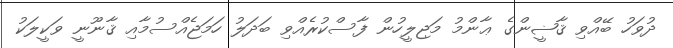
ދުވަހު ބޭއްވި ޤާޟީންގެ ޢާންމު މަޖިލީހުން ފާސްކުރެއްވި ބަދަލު ހަމަޖެއްސުމާއި ޤާނޫނީ ވަކީލަކު